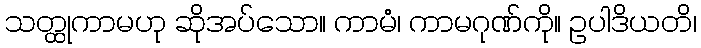
သတ္ထုကာမဟု ဆိုအပ်သော။ ကာမံ၊ ကာမဂုဏ်ကို။ ဥပါဒိယတိ၊